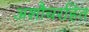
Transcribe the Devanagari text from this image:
अशौचरहित